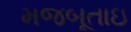
મજબૂતાઇ